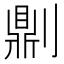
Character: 𠟭